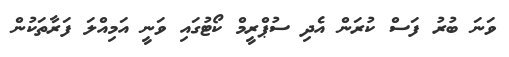
ވަނަ ބުރު ފަސް ކުރަން އެދި ސުޕްރީމް ކޯޓުގައި ވަނީ އަމިއްލަ ފަރާތަކުން